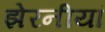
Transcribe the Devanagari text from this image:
झेरनीयां